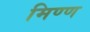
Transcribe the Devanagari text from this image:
मिण्ण